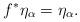
LaTeX: \begin{align*}f^{\ast}\eta_\alpha = \eta_\alpha.\end{align*}